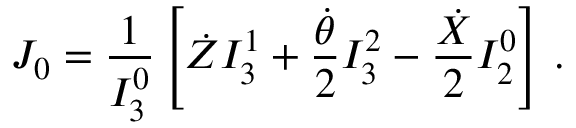
J _ { 0 } = \frac { 1 } { I _ { 3 } ^ { 0 } } \left[ \dot { Z } I _ { 3 } ^ { 1 } + \frac { \dot { \theta } } { 2 } I _ { 3 } ^ { 2 } - \frac { \dot { X } } { 2 } I _ { 2 } ^ { 0 } \right] \, .